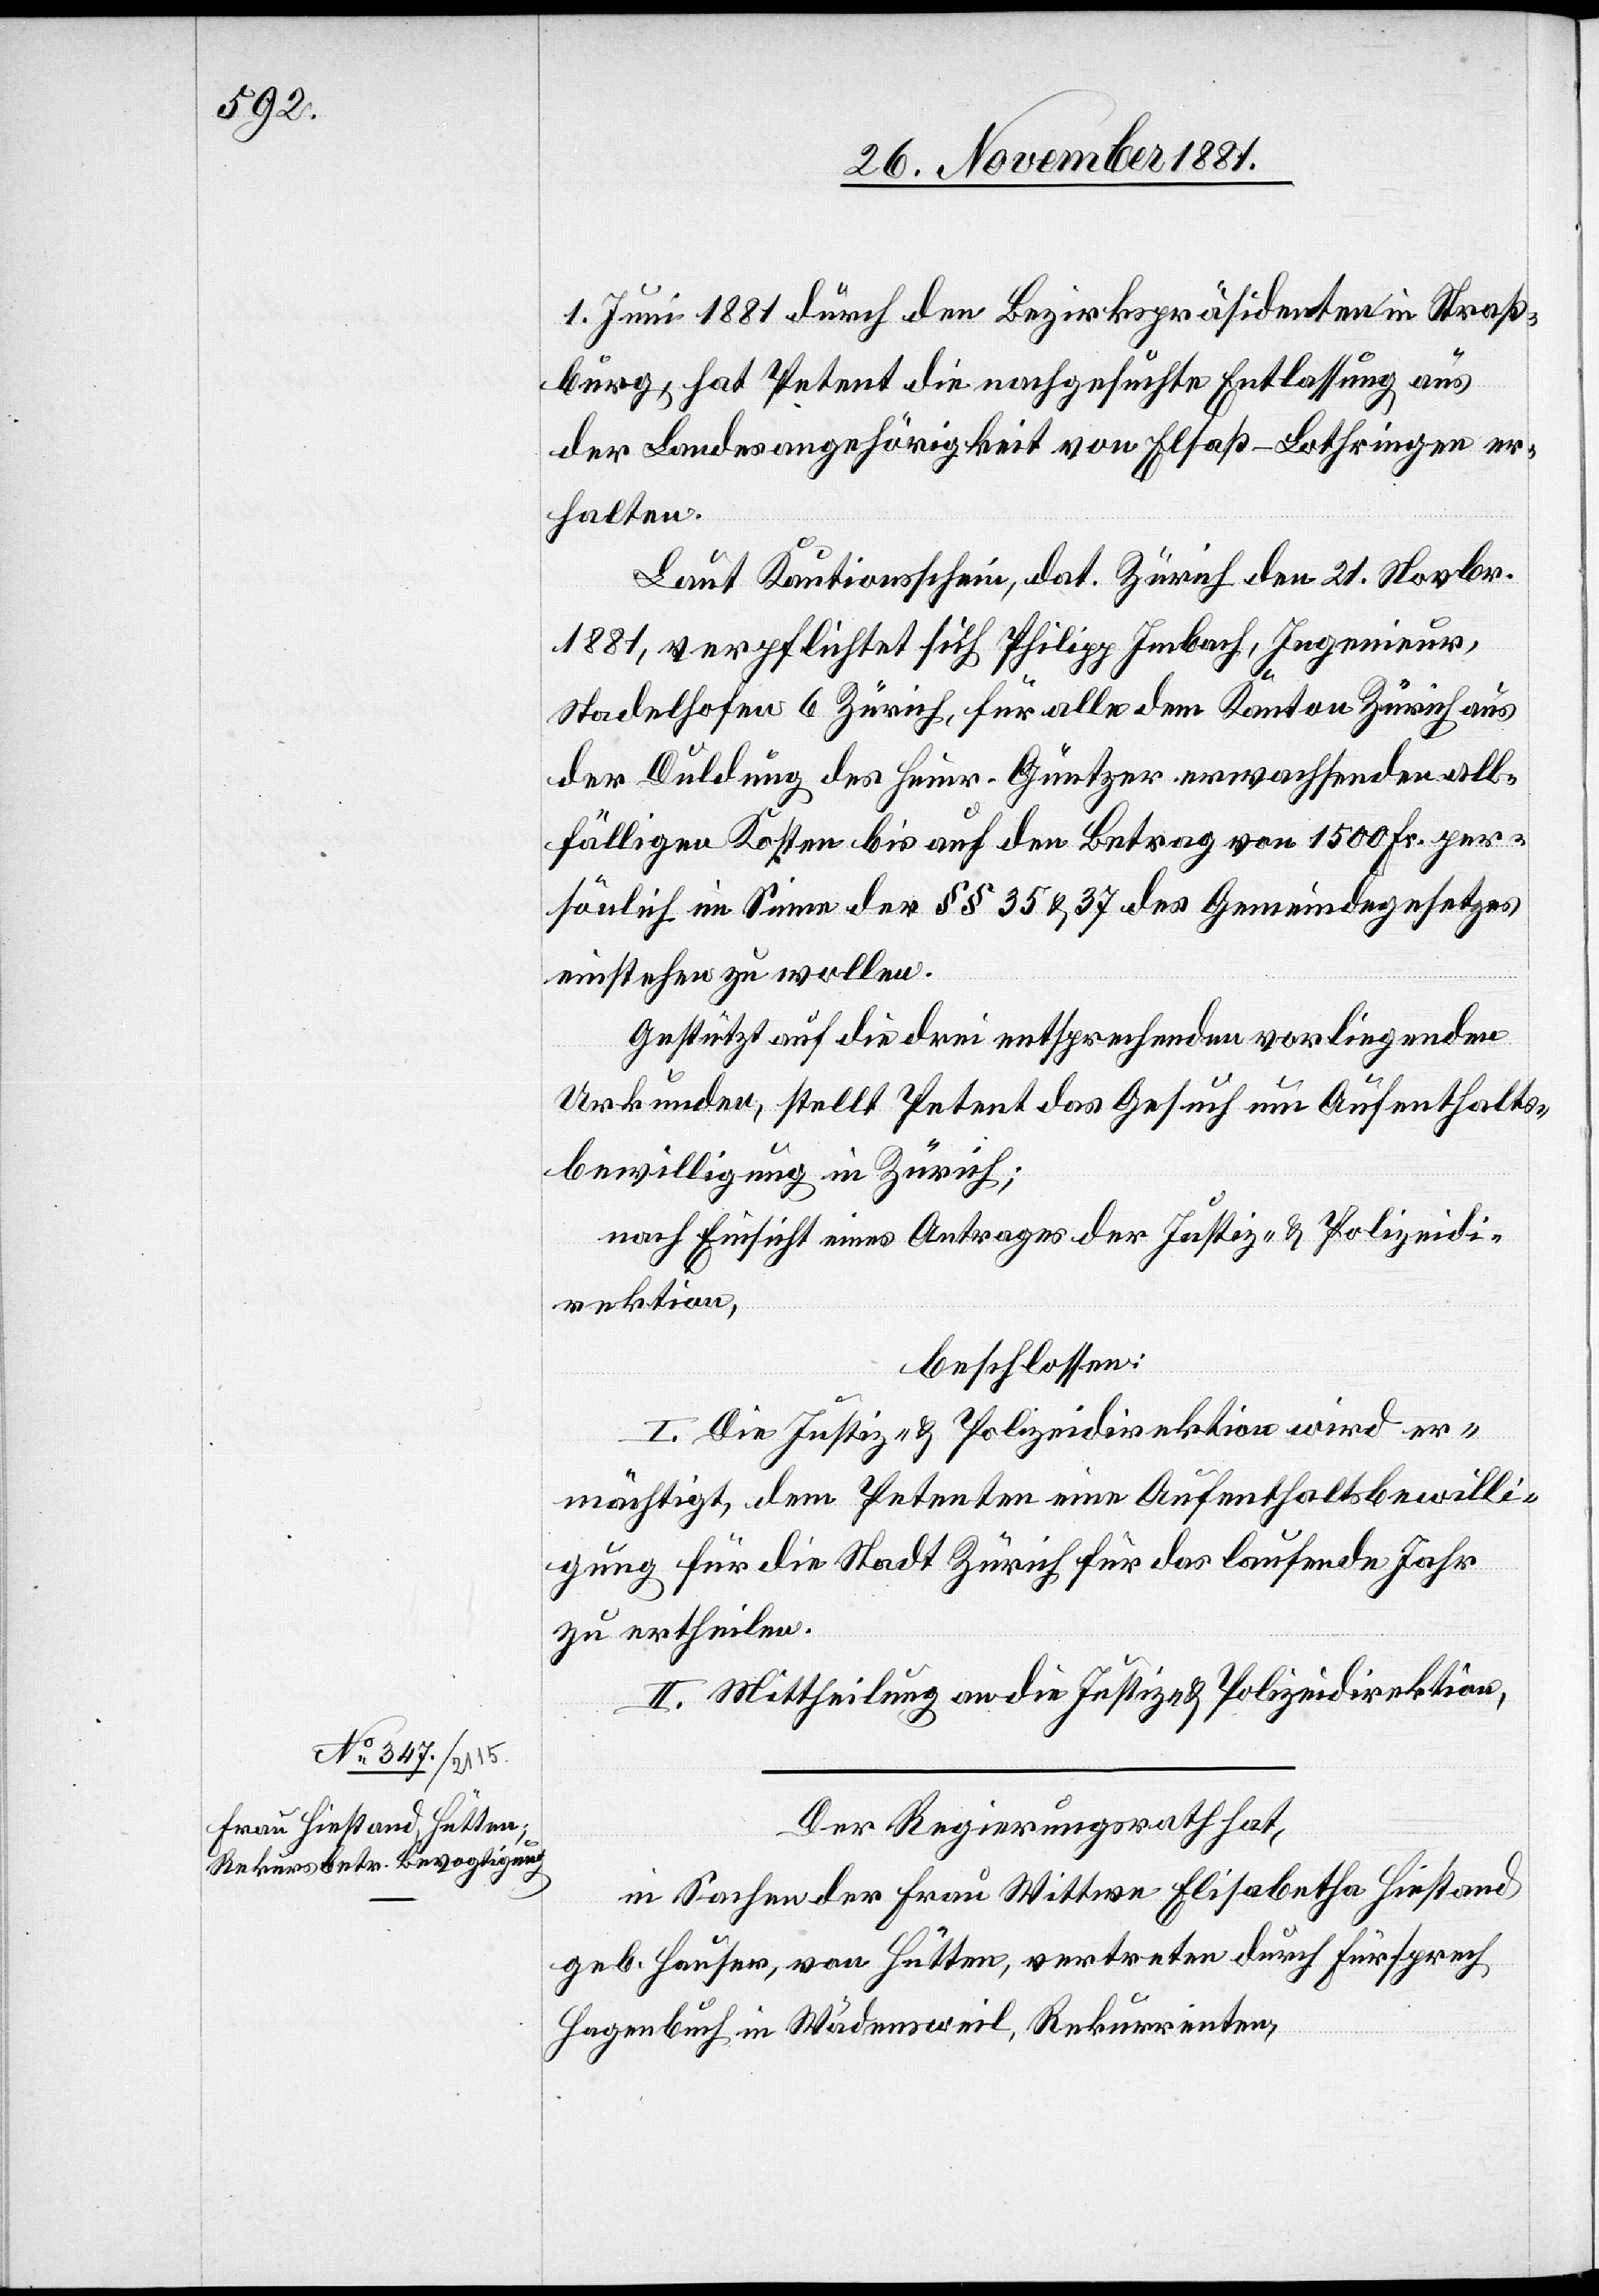
1. Juni 1881 durch den Bezirkspräsidenten in Straß¬
burg, hat Petent die nachgesuchte Entlassung aus
der Landesangehörigkeit von Elsaß-Lothringen er¬
halten.
laut Kautionsschein, dat. Zürich den 21. Novbr.
1881, verpflichtet sich Philipp Imbach, Ingenieur,
Stadelhofen 6 Zürich, für alle dem Kanton Zürich aus
der Duldung des Heinr. Güntzer erwachsenden all¬
fälligen Kosten bis auf den Betrag von 1500 Fr. per¬
sönlich im Sinne der §§ 35 & 37 des Gemeindegesetzes
einstehen zu wollen.
Gestützt auf die drei entsprechenden vorliegenden
Urkunden, stellt Petent das Gesuch um Aufenthalts¬
bewilligung in Zürich;
nach Einsicht eines Antrages der Justiz- & Polizeidi¬
rektion,
beschlossen:
I. Die Justiz- & Polizeidirektion wird er¬
mächtigt, dem Petenten eine Aufenthaltsbewilli¬
gung für die Stadt Zürich für das laufende Jahr
zu ertheilen.
II. Mittheilung an die Justiz- & Polizeidirektion.
Der Regierungsrath hat,
in Sachen der Frau Wittwe Elisabetha Hiestand
geb. Hauser, von Hütten, vertreten durch Fürsprech
Hagenbuch in Wädensweil, Rekurrenten,